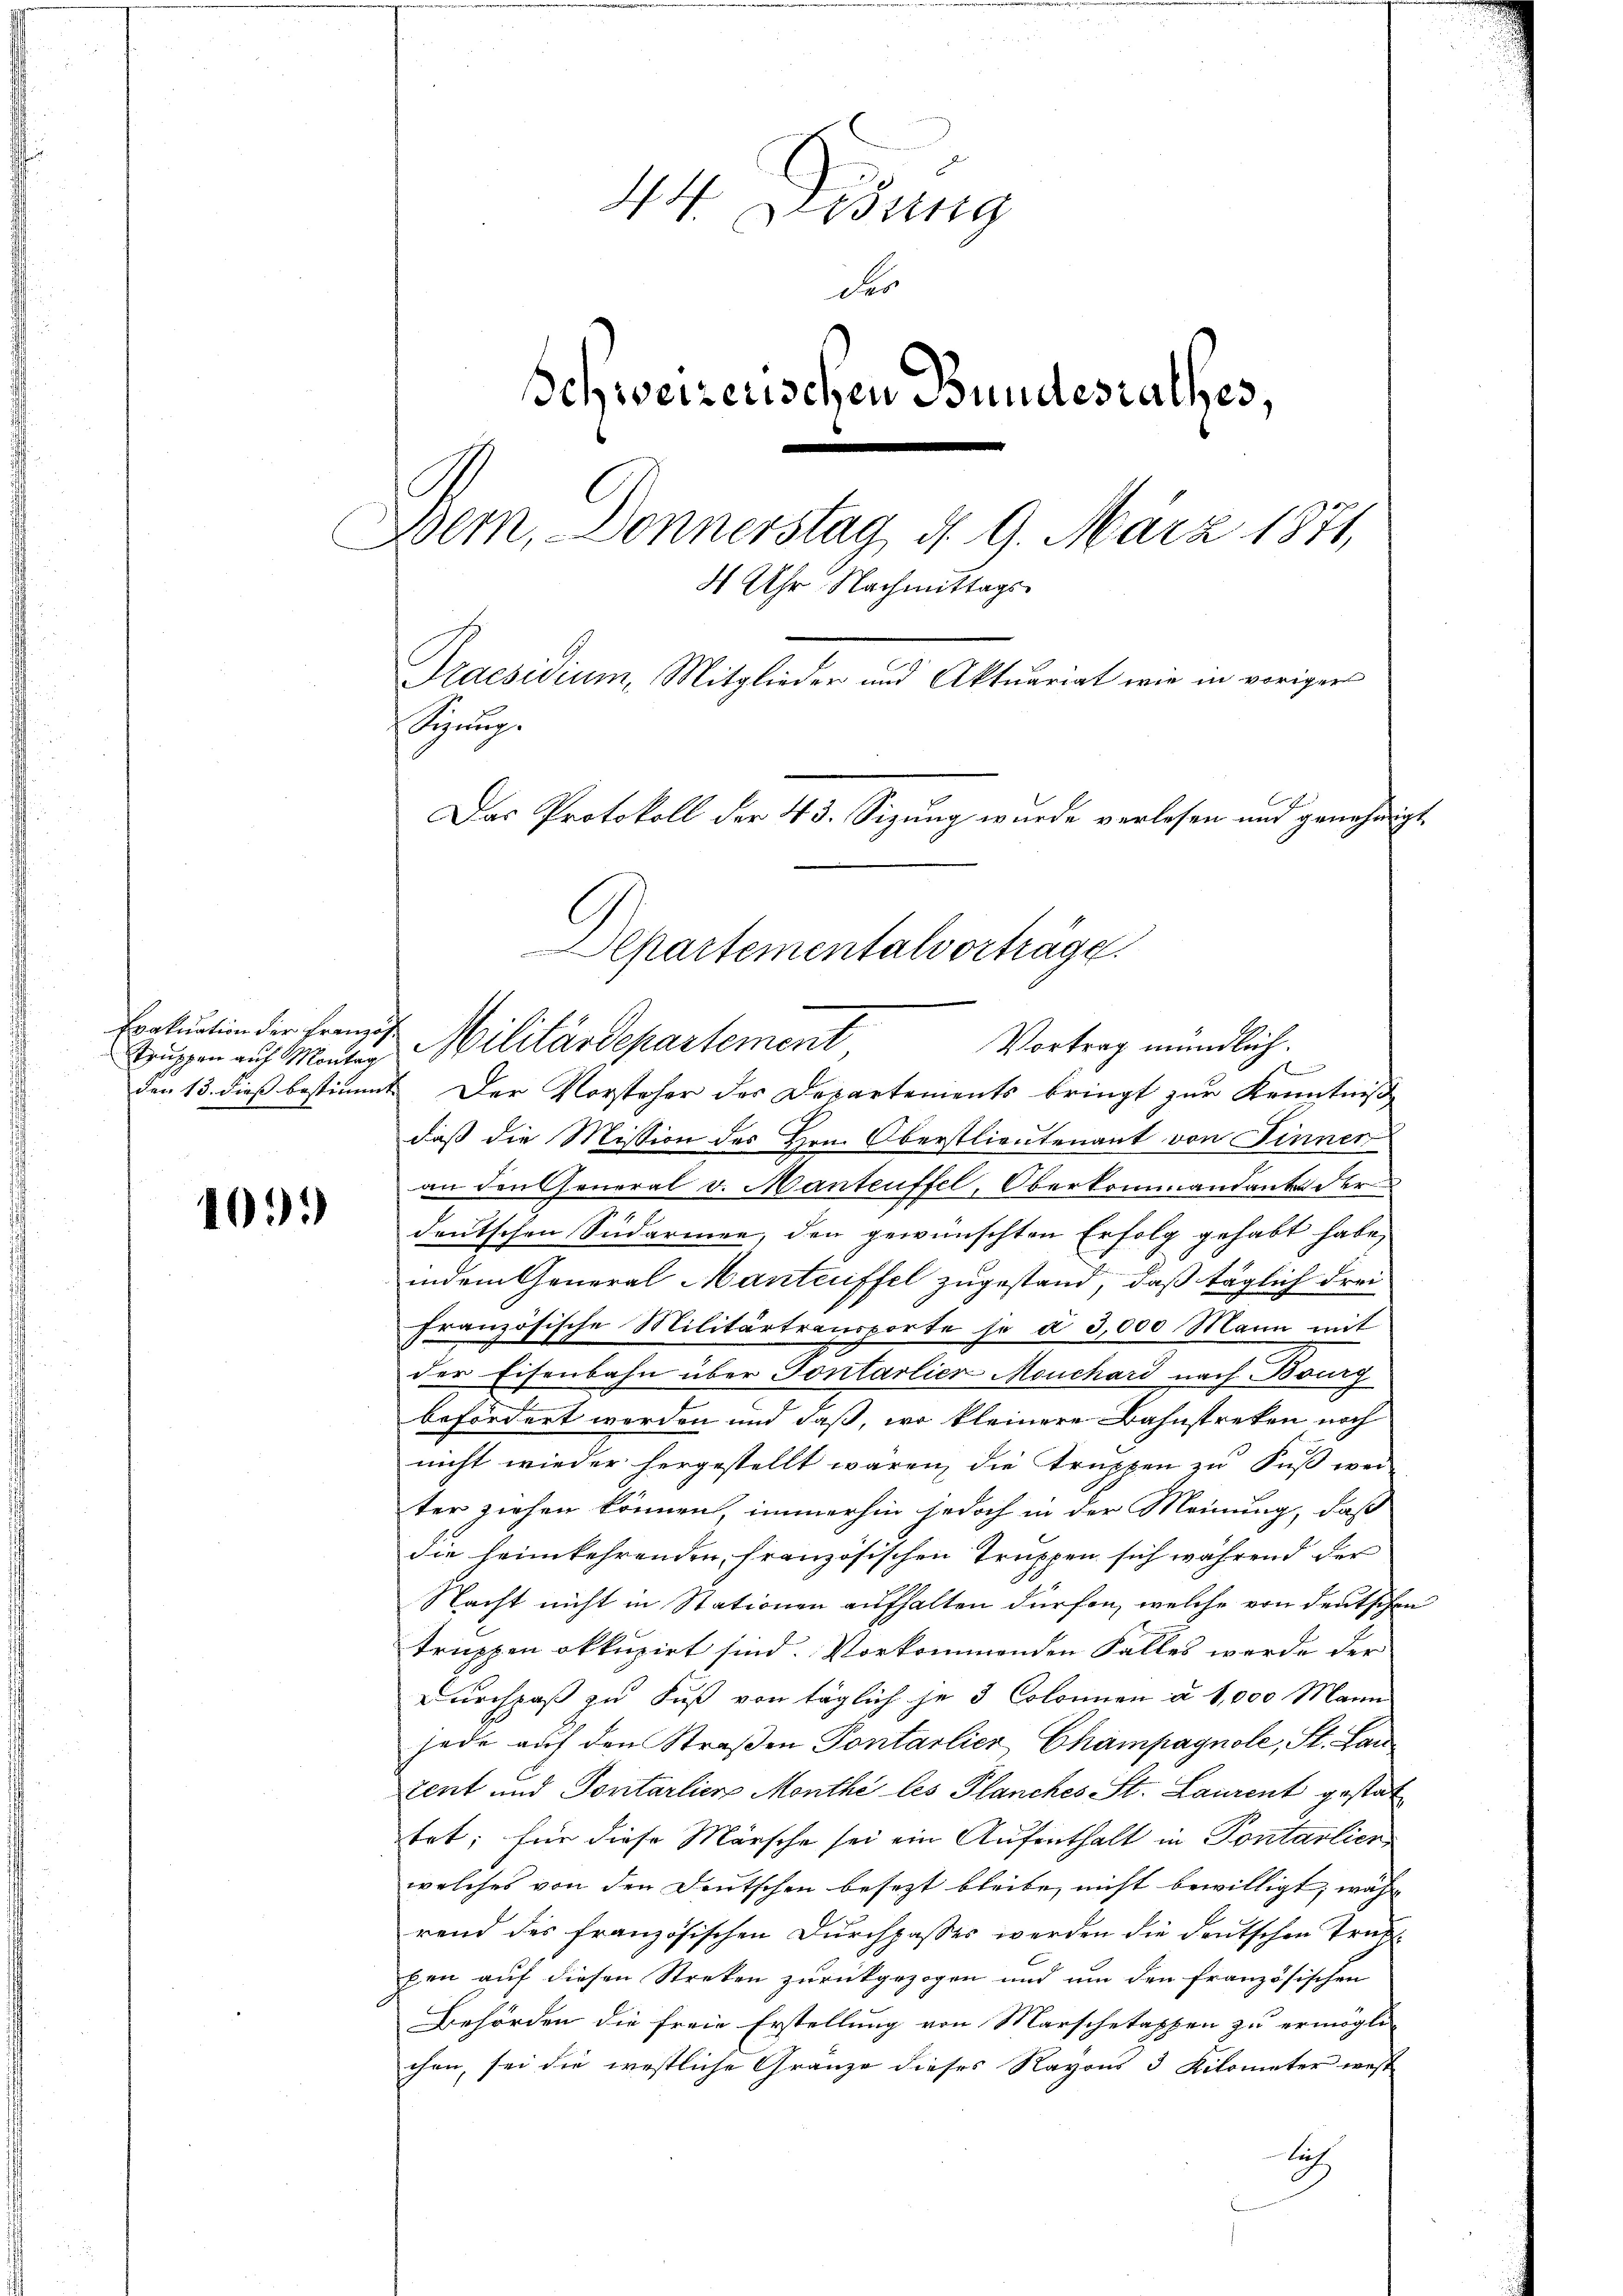
Truppen auf Montag

109.)

44. Dedung
der
Schweizerischen Bundesrathes,
Bern, Donnerstag, d. 9. März 1871,
4 Uhr Nachmittags
Praesidium, Mitglieder und Aktuariat wie in voriger
ung
Das Protokoll der 43. Sizung wurde verlesen und genehmigt

Erakuation der Franze Militärdepartement
den 13. dieß bestimmt. Der Vorsteher der Departements bringt zur Kenntniß
daß die Mission des Hrn. Oberstlieutenant von Finner
an den General v. Manteuffel, Oberkommentante der
deutschen Sudarmen, den gewünschten Erfolg gehabt habe,
indem General Manteuffel zugestand, daß täglich drei
französische Militärtransporte se à 3,000 Mann mit
der Eisenbahn über Fontarlier Mouchard nach Bourg
2
befördert werden und daß, wo kleinere Bahnstreken noch
nicht wieder hergestellt wären, die Truppen zu Fuß wei-
ter ziehen können, immerhin jedoch in der Meinung, daß
die heimkehrenden, französischen Truppen sich während der
Nacht nicht in Stationen aufhalten dürfen, welche von deutschen
truppen okkupirt sind. Vorkommenden Falles werde der
Durchpaß zu Fuß von täglich je 3 Colonnen à 1,000 Mann
jede auf den Straßen Pontarlier Champagnole, St. Lau
tent und Pontarlier Monthé les Planches St. Laurent gestat
trt; für diese Märsche sei ein Aufenthalt in Pontarlier
welches von den Deutschen besezt bleibe, nicht bewilligt, währ
rend des französischen Durchpasses werden die deutschen Trafpen auf diesen Streken zurückgezogen und um den französischen
Behörden die freie Erstellung von Marschetappen zu ermögli
chen, sei die westliche Gränze dieses Ravous 3 Kilometer west
atz

Departementalvorträge.
Vortrag mündlich.